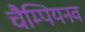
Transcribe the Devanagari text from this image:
चैम्पियनव